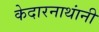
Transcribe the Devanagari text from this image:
केदारनाथांनी